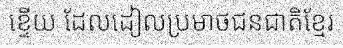
ខ្ទើយ ដែលដៀលប្រមាថជនជាតិខ្មែរ